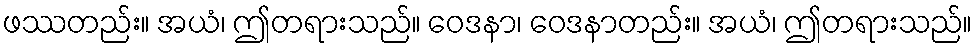
ဖဿတည်း။ အယံ၊ ဤတရားသည်။ ဝေဒနာ၊ ဝေဒနာတည်း။ အယံ၊ ဤတရားသည်။